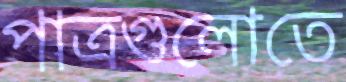
পাত্রগুলোতে